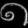
Digit: ၈